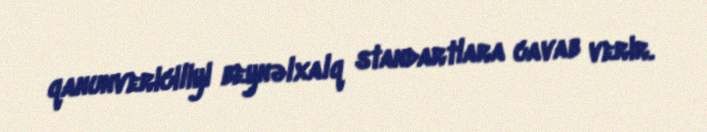
qanunvericiliyi beynəlxalq standartlara cavab verir.